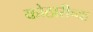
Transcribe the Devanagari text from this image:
कोठारीच्या